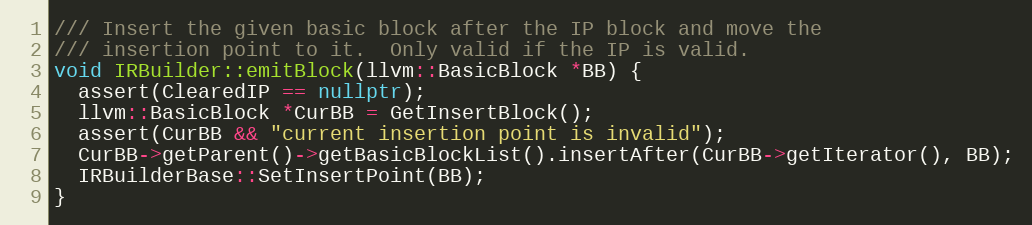
Language: C++
/// Insert the given basic block after the IP block and move the
/// insertion point to it.  Only valid if the IP is valid.
void IRBuilder::emitBlock(llvm::BasicBlock *BB) {
  assert(ClearedIP == nullptr);
  llvm::BasicBlock *CurBB = GetInsertBlock();
  assert(CurBB && "current insertion point is invalid");
  CurBB->getParent()->getBasicBlockList().insertAfter(CurBB->getIterator(), BB);
  IRBuilderBase::SetInsertPoint(BB);
}